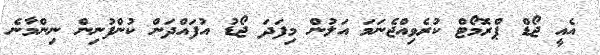
އެއީ ޖޯޑް ޕްރޮމޯޓް ކުރެވިއްޖެނަމަ އަލުން މިފަދަ ޖޯޑު އުފައްދަން ކުންފުނިން ނިންމާނެ